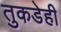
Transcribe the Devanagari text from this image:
तुकडेही